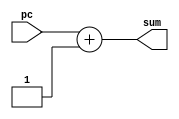
module pc_incrmntr(pc,sum);
input [7:0] pc;

output reg [7:0] sum;

always @ (*)
begin
sum <= pc+1;
end
endmodule